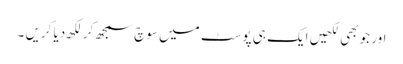
اور جو بھی لکھیں ایک ہی پوسٹ میں سوچ سمجھ کر لکھ دیا کریں ۔